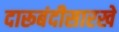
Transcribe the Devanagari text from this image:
दारूबंदीसारखे